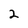
Character: 2